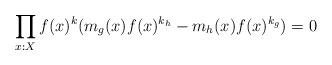
LaTeX: \begin{align*} \prod_{x:X}f(x)^{k}(m_g(x)f(x)^{k_h}-m_h(x)f(x)^{k_g})=0\end{align*}